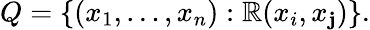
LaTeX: Q=\{ (x_{1},\ldots,x_{n}):\mathbb{R}(x_{i},x_{\mathbf{j}})\} .